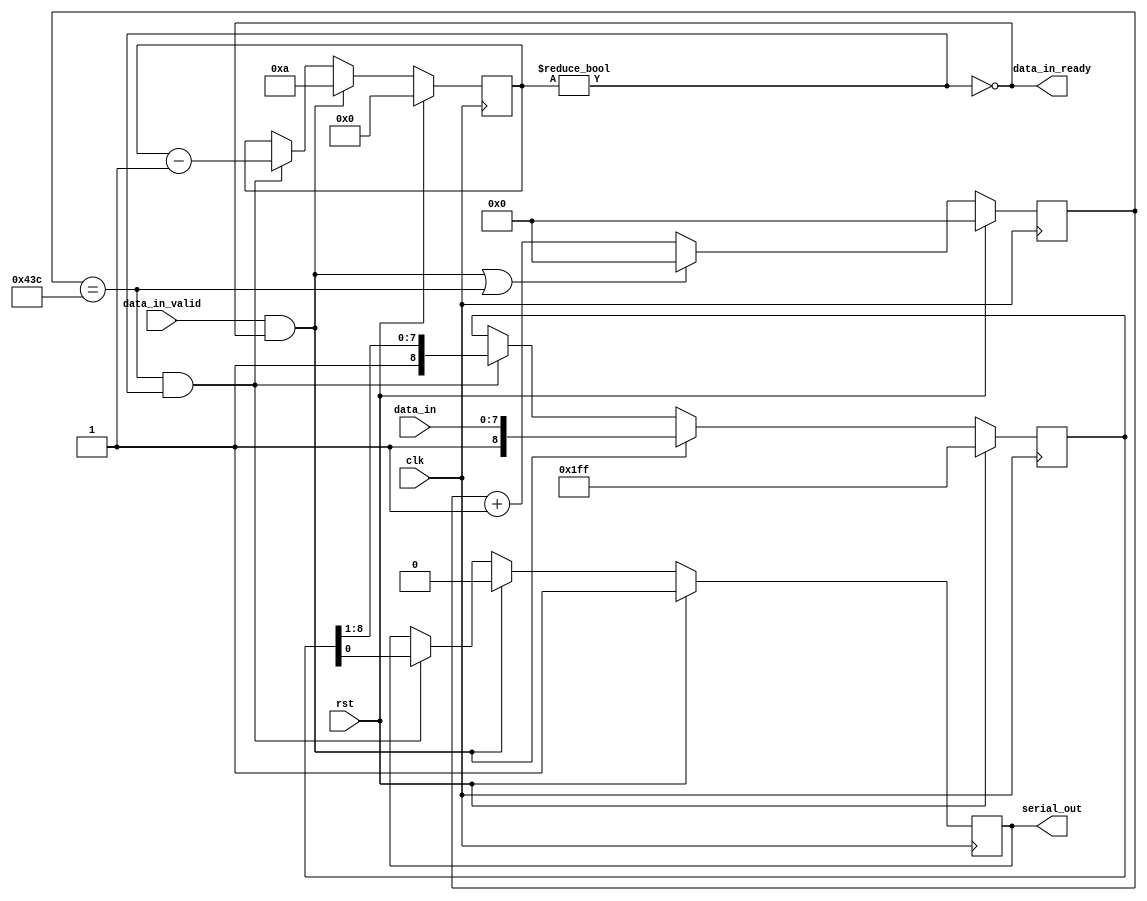
// This program was cloned from: https://github.com/AleksandarLilic/ama-riscv
// License: GNU General Public License v3.0

//-----------------------------------------------------------------------------
// Project:         AMA-RISCV
// Module:          UART Transmitter
// Description:     UART Transmitter module
//
// SPDX-License-Identifier: GPL-3.0-or-later
//
// Version history:
//      2021-06-06  AL  0.1.0 - Initial
//      2021-06-06  AL  1.0.0 - Release
//
//-----------------------------------------------------------------------------

module uart_transmitter #(
    parameter CLOCK_FREQ = 125_000_000,
    parameter BAUD_RATE  =     115_200)
(
    input   wire        clk,
    input   wire        rst,
    
    // ready/valid
    input   wire        data_in_valid,
    output  wire        data_in_ready,
    
    // data path
    input   wire  [7:0] data_in,
    output  reg         serial_out
);

//-----------------------------------------------------------------------------
// Parameters
localparam  SYMBOL_EDGE_TIME    = CLOCK_FREQ / BAUD_RATE;
localparam  CLOCK_COUNTER_WIDTH = $clog2(SYMBOL_EDGE_TIME);

localparam  START_BIT = 1'b0;
localparam  STOP_BIT  = 1'b1;
localparam  IDLE_BIT  = 1'b1;

//-----------------------------------------------------------------------------
// Signals
wire        symbol_edge;
wire        start;

wire        tx_running;
reg   [8:0] buffer;

reg   [3:0] bit_counter;
reg   [CLOCK_COUNTER_WIDTH-1:0] clock_counter;

//-----------------------------------------------------------------------------

// Goes high (pulse) when it is time to start receiving a new character
assign start = data_in_valid && !tx_running;

// Counts down from 10 bits for every character
// START_BIT sent immediately in buffer always block
always @ (posedge clk) begin
    if (rst)
        bit_counter <= 0;
    else if (start)
        bit_counter <= 10;
    else if (symbol_edge && tx_running)
        bit_counter <= bit_counter - 1;
end

// Goes high while transmitting a character
assign tx_running = bit_counter != 4'd0;

// Counts cycles until a single symbol is done
always @ (posedge clk) begin
    if (rst)                        // system reset
        clock_counter <= 1'b0;
    else if (start || symbol_edge)  // soft reset
        clock_counter <= 1'b0;
    else
        clock_counter <= clock_counter + 1;
end

// Goes high at every symbol edge
assign symbol_edge = (clock_counter == (SYMBOL_EDGE_TIME - 1));

// Buffer
always @ (posedge clk) begin
    if (rst) begin
        buffer      <= {9{IDLE_BIT}};
        serial_out  <= IDLE_BIT;
    end 
    else if (start) begin
        buffer      <= {STOP_BIT, data_in};
        serial_out  <=  START_BIT;
    end 
    else if (symbol_edge && tx_running) begin
        buffer      <= {IDLE_BIT, buffer[8:1]};
        serial_out  <= buffer[0];
    end
end

// ready/valid
assign data_in_ready = !tx_running;
 
endmodule